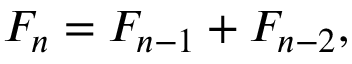
F _ { n } = F _ { n - 1 } + F _ { n - 2 } ,